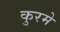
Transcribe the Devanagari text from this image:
कुरमे